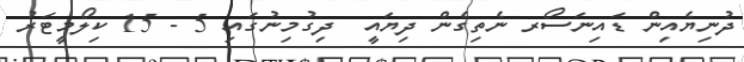
ދުނިޔެއިން ޑައިނަސޯރ ނެތިގެން ދިޔައީ  ދިގުމިނުގައި 5 - 15 ކިލޯމީޓަރު